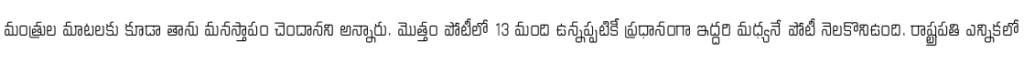
మంత్రుల మాటలకు కూడా తాను మనస్తాపం చెందానని అన్నారు. మొత్తం పోటీలో 13 మంది ఉన్నప్పటికీ ప్రధానంగా ఇద్దరి మధ్యనే పోటీ నెలకొనిఉంది. రాష్ట్రపతి ఎన్నికలో